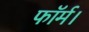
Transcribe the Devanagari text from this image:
फॉर्म।